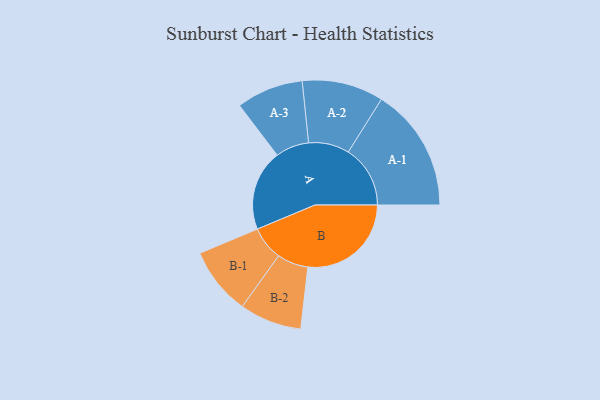
{"axis": {"x": "Segment", "y": "Value"}, "legend": ["", "A", "B"], "data": [{"x": "A", "y": 369, "type": ""}, {"x": "B", "y": 472, "type": ""}, {"x": "A-1", "y": 283, "type": "A"}, {"x": "A-2", "y": 186, "type": "A"}, {"x": "A-3", "y": 153, "type": "A"}, {"x": "B-1", "y": 155, "type": "B"}, {"x": "B-2", "y": 142, "type": "B"}]}